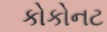
કોકોનટ